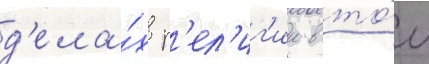
д'ела́х р'ел'иг'ии в то́м